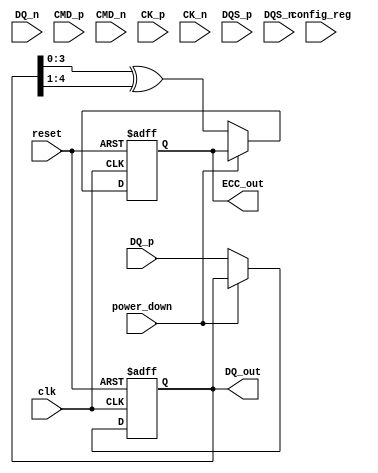
module lpddr4_io_block (
    // Differential Data Signals
    input wire [DQ_WIDTH-1:0] DQ_p,
    input wire [DQ_WIDTH-1:0] DQ_n,
    
    // Command Signals
    input wire CMD_p,
    input wire CMD_n,
    
    // Clock Signals
    input wire CK_p,
    input wire CK_n,
    
    // Strobe Signals
    input wire DQS_p,
    input wire DQS_n,
    
    // Configuration Control
    input wire [CONFIG_WIDTH-1:0] config_reg,
    
    // Power Management
    input wire power_down,
    output wire [DQ_WIDTH-1:0] DQ_out,
    
    // Error Detection and Correction
    output wire [ECC_WIDTH-1:0] ECC_out,
    
    // Control Signals
    input wire clk,
    input wire reset
);

// Parameters
parameter DQ_WIDTH = 8; // Number of data lines
parameter CONFIG_WIDTH = 4; // Configuration register width
parameter ECC_WIDTH = 4; // ECC output width

// Internal Signals
reg [DQ_WIDTH-1:0] DQ_reg; // Register for data output
reg [ECC_WIDTH-1:0] ECC_reg; // Register for ECC output
reg [DQ_WIDTH-1:0] DQ_drive_strength; // Drive strength control

// Clock Gating Logic
wire clk_enable;
assign clk_enable = ~power_down;

// Data Transfer Logic
always @(posedge clk or posedge reset) begin
    if (reset) begin
        DQ_reg <= 0;
    end else if (clk_enable) begin
        // Implement data capture logic here
        DQ_reg <= DQ_p; // Capture data from DQ_p
    end
end

// Output Data
assign DQ_out = DQ_reg;

// Strobe Management Logic
// DQS delay adjustment can be implemented here

// Configuration Control Logic
always @(posedge clk or posedge reset) begin
    if (reset) begin
        DQ_drive_strength <= 0; // Default drive strength
    end else if (clk_enable) begin
        // Update drive strength based on config_reg
        DQ_drive_strength <= config_reg[CONFIG_WIDTH-1:0]; // Example
    end
end

// Error Detection and Correction Logic
// Placeholder for ECC logic
always @(posedge clk or posedge reset) begin
    if (reset) begin
        ECC_reg <= 0;
    end else if (clk_enable) begin
        // Implement ECC generation logic here
        ECC_reg <= DQ_reg ^ (DQ_reg >> 1); // Simple example
    end
end

assign ECC_out = ECC_reg;

// Power Management Logic
// Implement power gating and low power modes here

endmodule